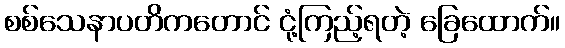
စစ်သေနာပတိကတောင် ငုံ့ကြည့်ရတဲ့ ခြေထောက်။